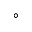
^ { \circ }